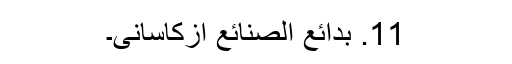
11. بدائع الصنائع ازکاسانی۔